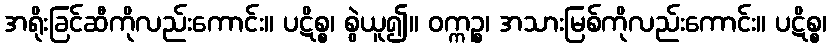
အရိုးခြင်ဆီကိုလည်းကောင်း။ ပဋိစ္စ၊ စွဲယူ၍။ ဝက္ကဉ္စ၊ အသားမြစ်ကိုလည်းကောင်း။ ပဋိစ္စ၊